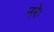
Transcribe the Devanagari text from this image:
नरेः